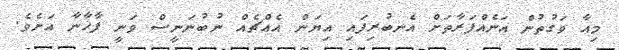
މިއާ ވަގުތުން އަނެއްފަރާތަށް އެނބުރިފައި އިޔަން އެއްޗެއް ނުބުނަނީސް ވަނީ ފާޚާނާ އަށެވެ.